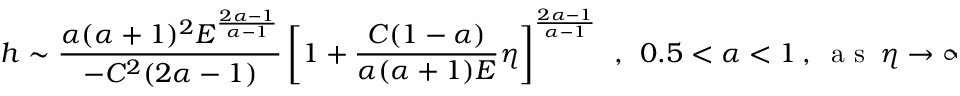
h \sim \displaystyle \frac { \alpha ( \alpha + 1 ) ^ { 2 } E ^ { \frac { 2 \alpha - 1 } { \alpha - 1 } } } { - C ^ { 2 } ( 2 \alpha - 1 ) } \left[ 1 + \frac { C ( 1 - \alpha ) } { \alpha ( \alpha + 1 ) E } \eta \right] ^ { \frac { 2 \alpha - 1 } { \alpha - 1 } } ~ ~ , ~ ~ 0 . 5 < \alpha < 1 ~ , ~ \textrm { a s } \ \eta \to \infty ,